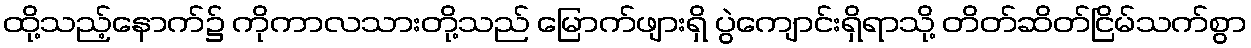
ထို့သည့်နောက်၌ ကိုကာလသားတို့သည် မြောက်ဖျားရှိ ပွဲကျောင်းရှိရာသို့ တိတ်ဆိတ်ငြိမ်သက်စွာ